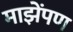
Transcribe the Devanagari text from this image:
माझेंपण